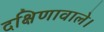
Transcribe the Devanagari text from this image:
दक्षिणावाले।